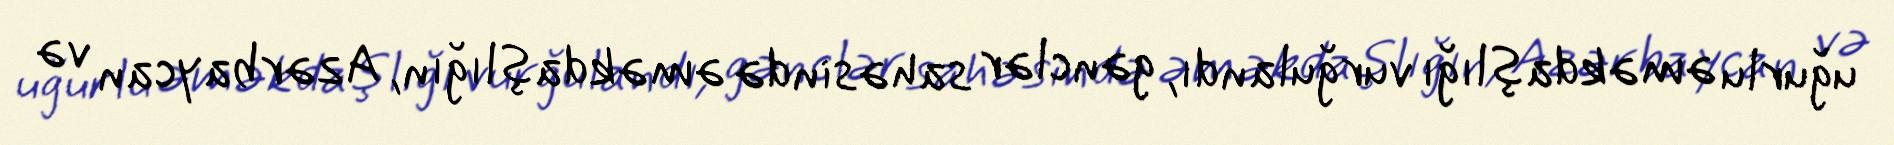
uğurlu əməkdaşlığı vurğulandı, gənclər sahəsində əməkdaşlığın, Azərbaycan və